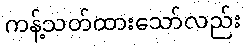
ကန့်သတ်ထားသော်လည်း